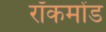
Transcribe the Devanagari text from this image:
रॉकमोंड